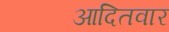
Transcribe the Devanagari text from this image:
आदितवार